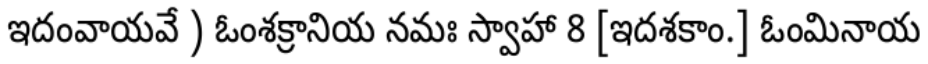
ఇదంవాయవే ) ఓంశక్రానియ నమః స్వాహా 8 [ఇదశకాం.] ఓంమినాయ